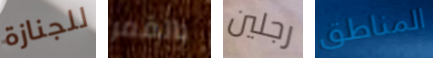
للجنازة بالقمر رجلين المناطق